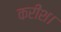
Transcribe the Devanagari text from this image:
करीश।